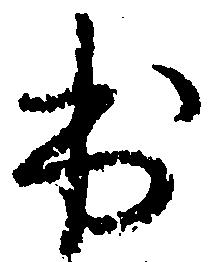
出